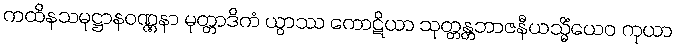
ကထိနသမုဋ္ဌာနဝဏ္ဏနာ မုတ္တာဒိကံ ယွာဿ ကောဋိယာ သုတ္တန္တဘာဇနီယသ္မိံယေဝ ကုယာ